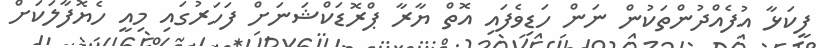
ފީކަޅާ އުފެއްދުންތަކުން ނަން ހަޑިވެފައި އޮތް ޔާރާ ޕްރޮޑަކްޝަނަށް ފަހަރުގައި މިއީ ހެޔޮފާލަކަށް